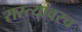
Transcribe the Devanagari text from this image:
रास्त्यांवरच